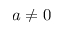
a \ne 0